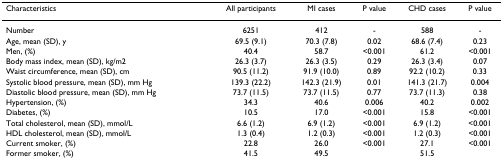
<table><thead><tr><td><b>Characteristics</b></td><td><b>All participants</b></td><td><b>MI cases</b></td><td><b>P value</b></td><td><b>CHD cases</b></td><td><b>P value</b></td></tr></thead><tbody><tr><td>Number</td><td>6251</td><td>412</td><td>-</td><td>588</td><td>-</td></tr><tr><td>Age, mean (SD), y</td><td>69.5 (9.1)</td><td>70.3 (7.8)</td><td>0.02</td><td>68.6 (7.4)</td><td>0.23</td></tr><tr><td>Men, (%)</td><td>40.4</td><td>58.7</td><td>&lt;0.001</td><td>61.2</td><td>&lt;0.001</td></tr><tr><td>Body mass index, mean (SD), kg/m2</td><td>26.3 (3.7)</td><td>26.3 (3.5)</td><td>0.29</td><td>26.3 (3.4)</td><td>0.07</td></tr><tr><td>Waist circumference, mean (SD), cm</td><td>90.5 (11.2)</td><td>91.9 (10.0)</td><td>0.89</td><td>92.2 (10.2)</td><td>0.33</td></tr><tr><td>Systolic blood pressure, mean (SD), mm Hg</td><td>139.3 (22.2)</td><td>142.3 (21.9)</td><td>0.01</td><td>141.3 (21.7)</td><td>0.004</td></tr><tr><td>Diastolic blood pressure, mean (SD), mm Hg</td><td>73.7 (11.5)</td><td>73.7 (11.5)</td><td>0.77</td><td>73.7 (11.3)</td><td>0.38</td></tr><tr><td>Hypertension, (%)</td><td>34.3</td><td>40.6</td><td>0.006</td><td>40.2</td><td>0.002</td></tr><tr><td>Diabetes, (%)</td><td>10.5</td><td>17.0</td><td>&lt;0.001</td><td>15.8</td><td>&lt;0.001</td></tr><tr><td>Total cholesterol, mean (SD), mmol/L</td><td>6.6 (1.2)</td><td>6.9 (1.2)</td><td>&lt;0.001</td><td>6.9 (1.2)</td><td>&lt;0.001</td></tr><tr><td>HDL cholesterol, mean (SD), mmol/L</td><td>1.3 (0.4)</td><td>1.2 (0.3)</td><td>&lt;0.001</td><td>1.2 (0.3)</td><td>&lt;0.001</td></tr><tr><td>Current smoker, (%)</td><td>22.8</td><td>26.0</td><td>&lt;0.001</td><td>27.1</td><td>&lt;0.001</td></tr><tr><td>Former smoker, (%)</td><td>41.5</td><td>49.5</td><td></td><td>51.5</td><td></td></tr></tbody></table>